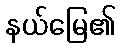
နယ်မြေ၏